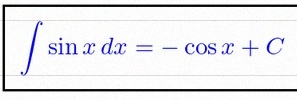
\int \sin x\,dx=-\cos x+C